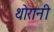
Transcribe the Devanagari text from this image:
थोरानी